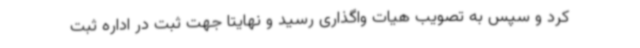
کرد و سپس به تصویب هیات واگذاری رسید و نهایتاً جهت ثبت در اداره ثبت